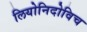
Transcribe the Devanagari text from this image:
लियोनिदोविच